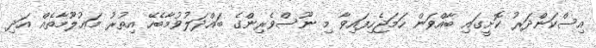
އިސްކަންދަރު ކޮށީގައި ބާއްވަން ހަމަޖެހިފައިވާ މި ނޫސްވެރިންގެ ބައްދަލުވުމާބެހޭ އިތުރު މަޢުލޫމާތެއް އަދި